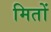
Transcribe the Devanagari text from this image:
मितों